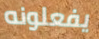
يفعلونه